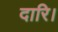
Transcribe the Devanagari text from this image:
दारि।